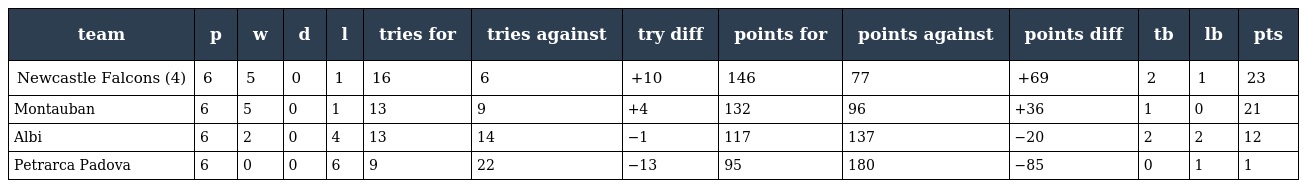
| team | p | w | d | l | tries for | tries against | try diff | points for | points against | points diff | tb | lb | pts |
 | --- | --- | --- | --- | --- | --- | --- | --- | --- | --- | --- | --- | --- | --- |
 | Newcastle Falcons (4) | 6 | 5 | 0 | 1 | 16 | 6 | +10 | 146 | 77 | +69 | 2 | 1 | 23 |
 | Montauban | 6 | 5 | 0 | 1 | 13 | 9 | +4 | 132 | 96 | +36 | 1 | 0 | 21 |
 | Albi | 6 | 2 | 0 | 4 | 13 | 14 | −1 | 117 | 137 | −20 | 2 | 2 | 12 |
 | Petrarca Padova | 6 | 0 | 0 | 6 | 9 | 22 | −13 | 95 | 180 | −85 | 0 | 1 | 1 |